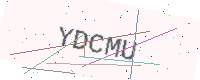
Text: YDCMU